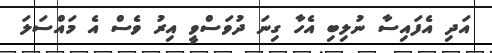
އަދި އެފައިސާ ނުލިބި އެހާ ގިނަ ދުވަސްވީ އިރު ވެސް އެ މައްސަލަ